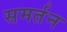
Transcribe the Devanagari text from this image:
समर्तन